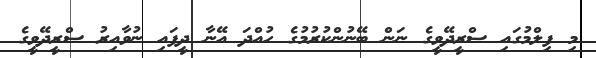
މި ފިލްމުގައި ސްރީދޭވީގެ ނަން ބޭނުންކުރުމުގެ ހުއްދަ އޭނާ ދީފައި ނުވާއިރު ސްރީދޭވީގެ